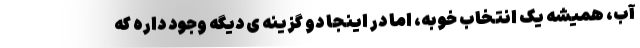
آب، همیشه یک انتخاب خوبه، اما در اینجا دو گزینه ی دیگه وجود داره که